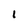
Character: 1